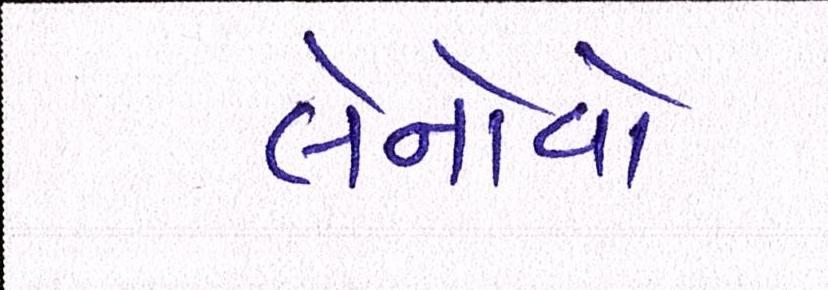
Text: લેનોવો